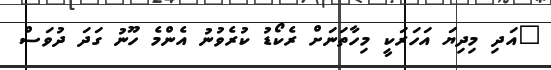
"އަދި މިދިޔަ އަހަރަކީ މިހާތަނަށް ރެކޯޑު ކުރެވުނު އެންމެ ހޫނު ގަދަ ދުވަސް